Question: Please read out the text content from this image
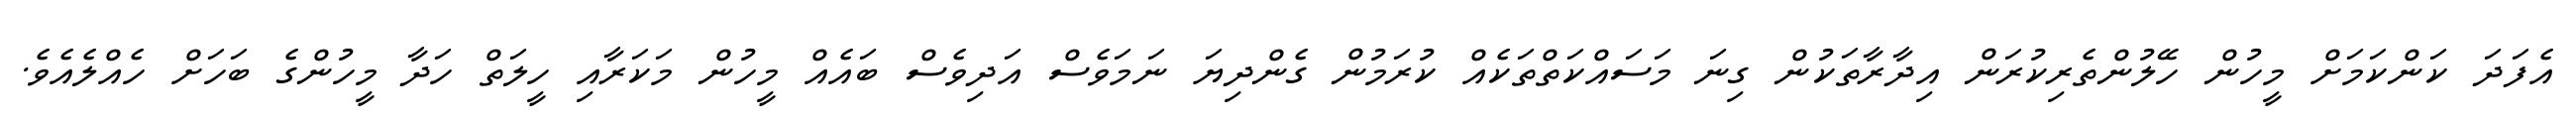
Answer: އެފަދަ ކަންކަމަށް މީހުން ހޭލުންތެރިކުރަން އިދާރާތަކުން ގިނަ މަސައްކަތްތަކެއް ކުރަމުން ގެންދިޔަ ނަމަވެސް އަދިވެސް ބައެއް މީހުން މަކަރާއި ހީލަތް ހަދާ މީހުންގެ ބަހަށް ހެއްލެއެވެ.